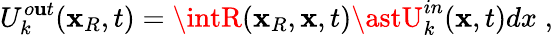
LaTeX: U_{k}^{o\mathbf{u}t}(\textbf{{x}}_{R},t)=\intR(\textbf{{x}}_{R},\textbf{{x}},t)\astU_{k}^{in}(\textbf{{x}},t)dx\; ,